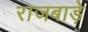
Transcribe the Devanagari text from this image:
राजबाड़े